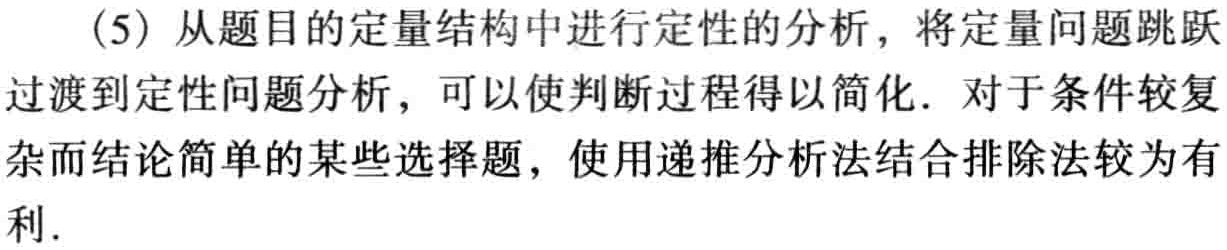
(5) 从题目的定量结构中进行定性的分析，将定量问题跳跃过渡到定性问题分析，可以使判断过程得以简化. 对于条件较复杂而结论简单的某些选择题，使用递推分析法结合排除法较为有利.